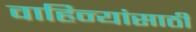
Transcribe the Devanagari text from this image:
वाहिन्यांसाठी